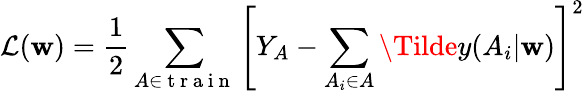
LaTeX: \mathcal{L}(\mathbf{w})=\frac{1}{2}\sum_{A\in\mathrm{~t~r~a~i~n~}}\left[Y_{A}-\sum_{A_{i}\in A}\Tilde{y}(A_{i}|\mathbf{w})\right]^{2}